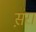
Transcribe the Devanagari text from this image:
स़रा